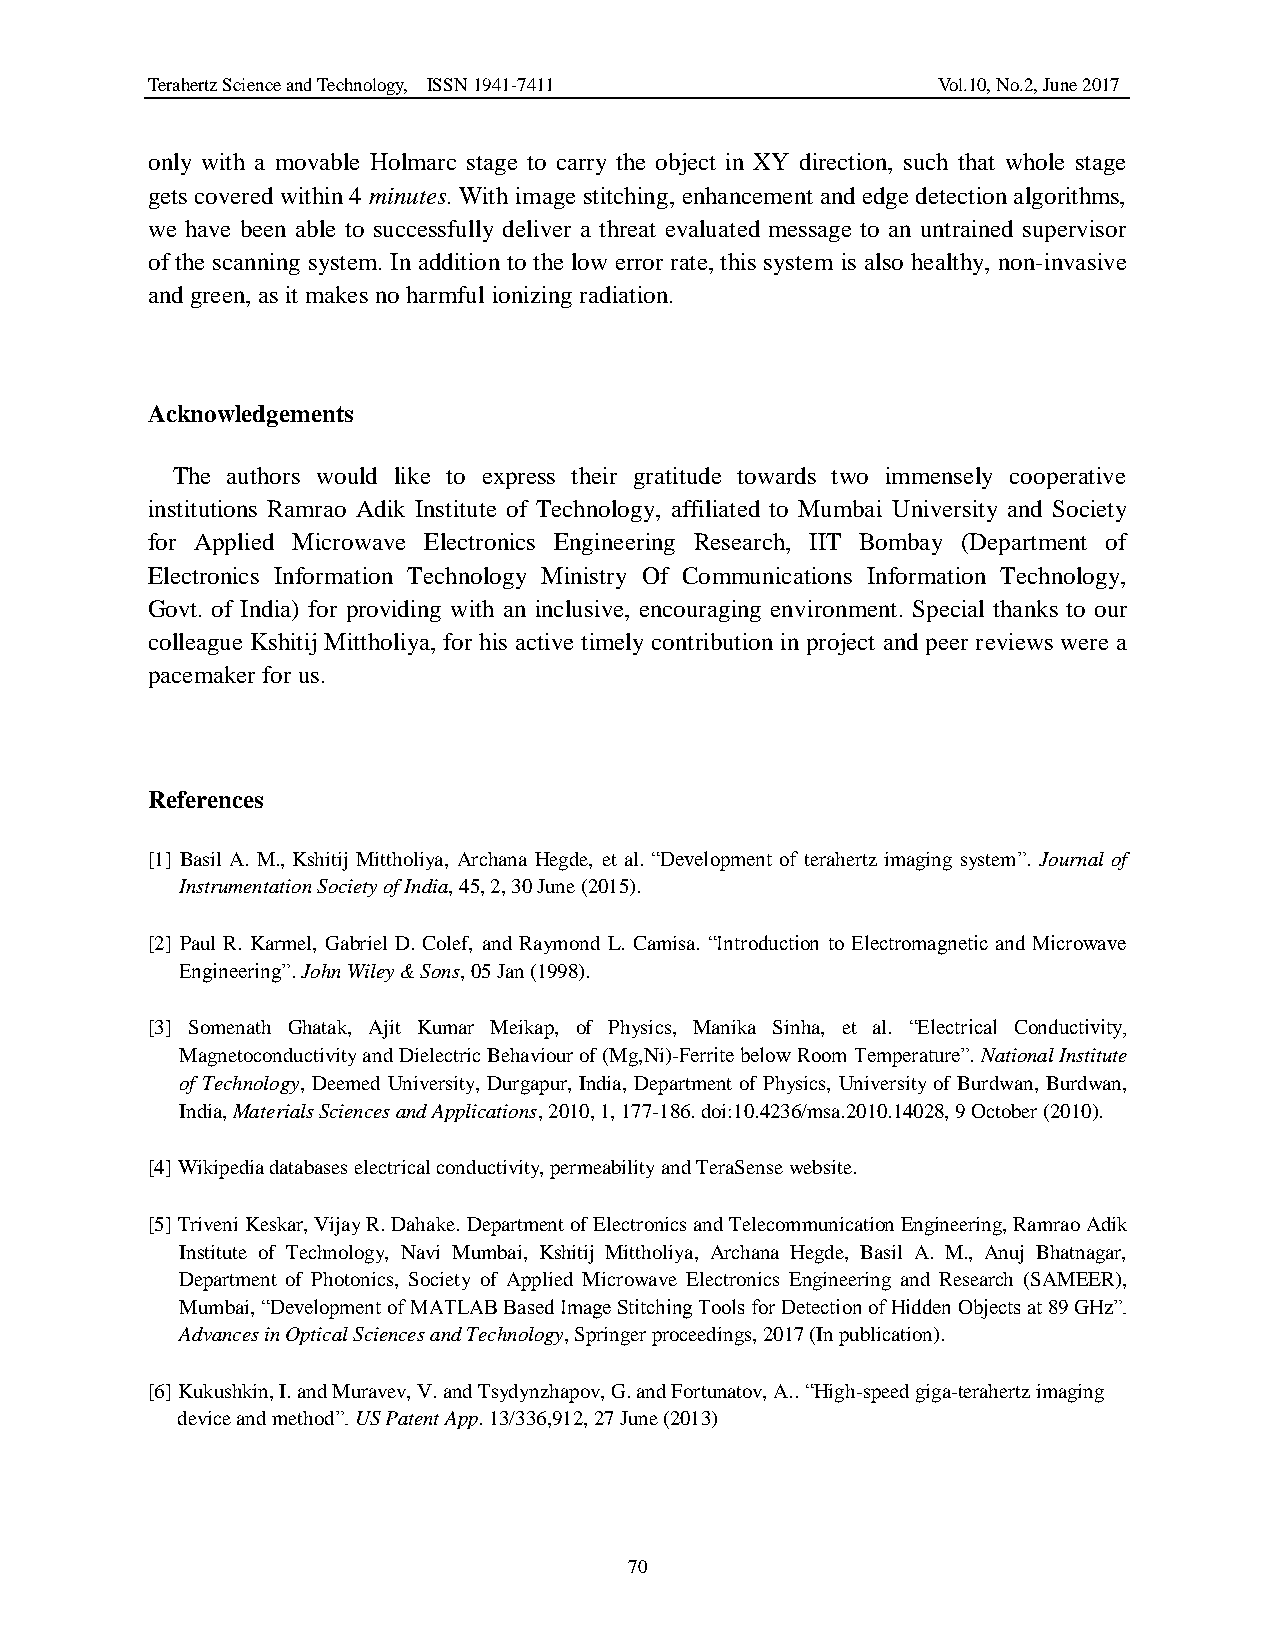
Terahertz Science and Technology, ISSN 1941-7411    Vol.10, No.2, June 2017
 only with a movable Holmarc stage to carry the object in XY direction, such that whole stage
 gets covered within 4 minutes. With image stitching, enhancement and edge detection algorithms,
 we have been able to successfully deliver a threat evaluated message to an untrained supervisor
 of the scanning system. In addition to the low error rate, this system is also healthy, non-invasive
 and green, as it makes no harmful ionizing radiation.
 Acknowledgements
 The authors would like to express their gratitude towards two immensely cooperative
 institutions Ramrao Adik Institute of Technology, affiliated to Mumbai University and Society
 for Applied Microwave Electronics Engineering Research, IIT Bombay (Department of
 Electronics Information Technology Ministry Of Communications Information Technology,
 Govt. of India) for providing with an inclusive, encouraging environment. Special thanks to our
 colleague Kshitij Mittholiya, for his active timely contribution in project and peer reviews were a
 pacemaker for us.
 References
 [1] Basil A. M., Kshitij Mittholiya, Archana Hegde, et al. “Development of terahertz imaging system”. Journal of
 Instrumentation Society of India, 45, 2, 30 June (2015).
 [2] Paul R. Karmel, Gabriel D. Colef, and Raymond L. Camisa. “Introduction to Electromagnetic and Microwave
 Engineering”. John Wiley & Sons, 05 Jan (1998).
 [3] Somenath Ghatak, Ajit Kumar Meikap, of Physics, Manika Sinha, et al. “Electrical Conductivity,
 Magnetoconductivity and Dielectric Behaviour of (Mg,Ni)-Ferrite below Room Temperature”. National Institute
 of Technology, Deemed University, Durgapur, India, Department of Physics, University of Burdwan, Burdwan,
 India, Materials Sciences and Applications, 2010, 1, 177-186. doi:10.4236/msa.2010.14028, 9 October (2010).
 [4] Wikipedia databases electrical conductivity, permeability and TeraSense website.
 [5] Triveni Keskar, Vijay R. Dahake. Department of Electronics and Telecommunication Engineering, Ramrao Adik
 Institute of Technology, Navi Mumbai, Kshitij Mittholiya, Archana Hegde, Basil A. M., Anuj Bhatnagar,
 Department of Photonics, Society of Applied Microwave Electronics Engineering and Research (SAMEER),
 Mumbai, “Development of MATLAB Based Image Stitching Tools for Detection of Hidden Objects at 89 GHz”.
 Advances in Optical Sciences and Technology, Springer proceedings, 2017 (In publication).
 [6] Kukushkin, I. and Muravev, V. and Tsydynzhapov, G. and Fortunatov, A.. “High-speed giga-terahertz imaging
 device and method”. US Patent App. 13/336,912, 27 June (2013)
 70